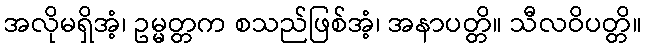
အလိုမရှိအံ့၊ ဥမ္မတ္တက စသည်ဖြစ်အံ့၊ အနာပတ္တိ။ သီလဝိပတ္တိ။